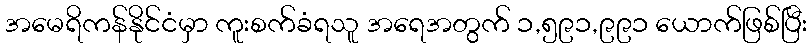
အမေရိကန်နိုင်ငံမှာ ကူးစက်ခံရသူ အရေအတွက် ၁,၅၉၁,၉၉၁ ယောက်ဖြစ်ပြီး